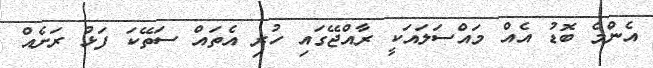
އެންމެ ބޮޑު އެއް މައްސަލައަކީ ރާއްޖޭގައި ހުރި އެތައް ސަތޭކަ ފަޅު ރަށެއް